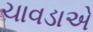
ચાવડાએ